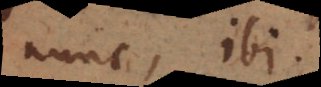
nunc, ibi.